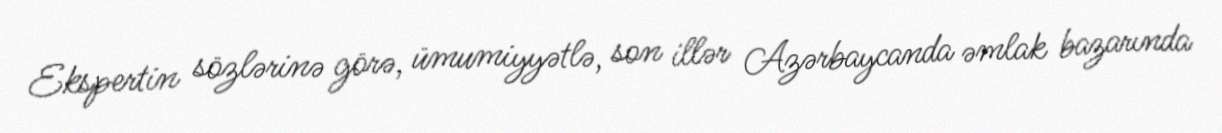
Ekspertin sözlərinə görə, ümumiyyətlə, son illər Azərbaycanda əmlak bazarında